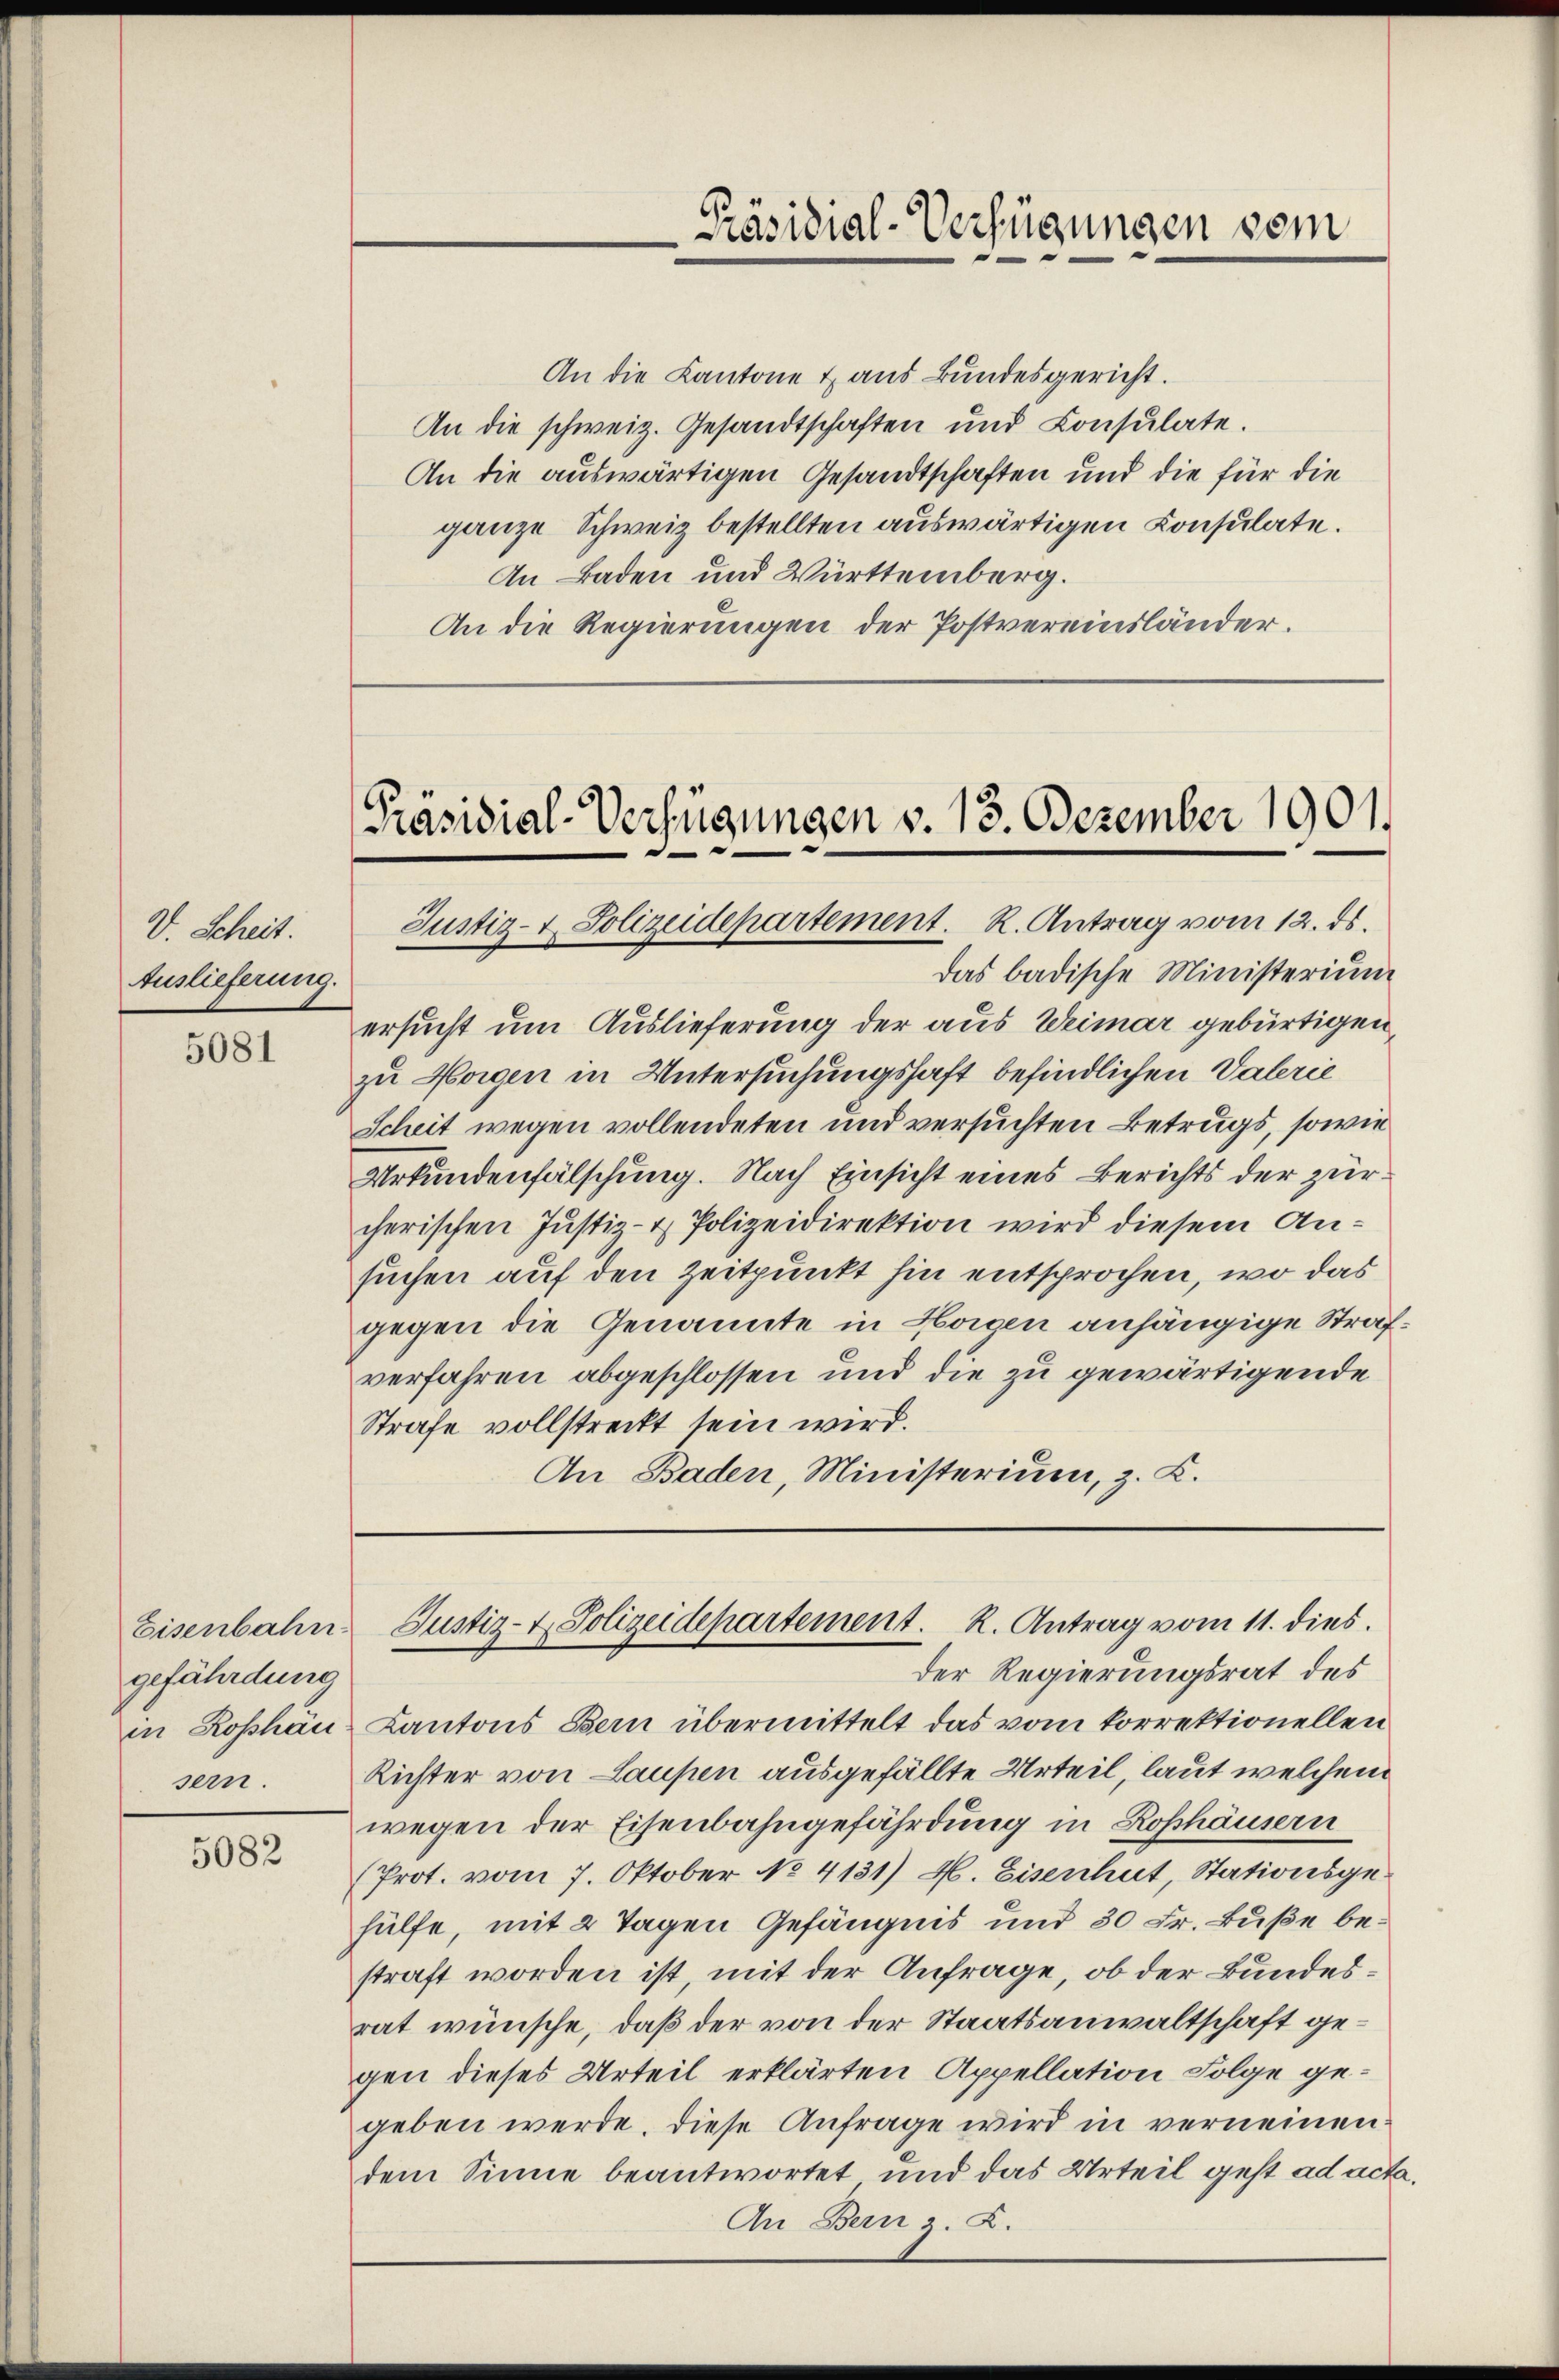
V. Scheit.
Auslieferung.

5081

Eisenbahn.
gefährdung
sern.

5082

das badische Ministerium
ersucht um Auslieferung der aus Weimar gebürtigen,
zu Horgen in Untersuchungshaft befindlichen Vaterie
Scheit wegen vollendeten und versuchten Betrugs, sowie
Urkundenfälschung. Nach Einsicht eines Berichts der zürcherischen Justiz- & Polizeidirektion wird diesem Ansuchen auf den Zeitpunkt hin entsprochen, wo das
gegen die Genannte in Hosen anhängige Strafverfahren abgeschlossen und die zu gewärtigende
Strafe vollstreckt sein wird.
An Baden, Ministerium, z. K.

Präsidial-Verfügungen vom

An die Kantone & aus Bundesgericht.
An die schweiz. Gesandtschaften und Consulate.
An die auswärtigen Gesandtschaften und die für die
ganze Schweiz bestellten auswärtigen Consulate.
An Baden und Württemberg.
An die Regierungen der Postvereinsländer.

Präsidial-Verfügungen v. 13. Dezember 1901.
Justiz- & Polizeidepartement. R. Antrag vom 12. ds.

Justiz- & Polizeidepartement. K. Antrag vom 11. dies.

der Regierungsrat des
in Rosshän Kantons Bern übermittelt das vom korrektionellen
Richter von Laupen ausgefällte Urteil, laut welchem
wegen der Eisenbahngefährdung in Roshäusern
(Prot. vom 7. Oktober No. 4131) M. Eisenhut, Stationsgehülfe, mit 2 Tagen Gefängnis und 30 Fr. Buße bestraft worden ist, mit der Anfrage, ob der Bundesrat wünsche, daß der von der Staatsanwaltschaft gegen dieses Urteil erklärten Appellation Folge gegeben werde. Diese Anfrage wird in verneinen
dem Sinne beantwortet und das Urteil geht ad acta.
An Bern z. Z.